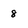
Character: 8